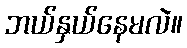
ဘယ်နှယ်နေမလဲ။